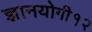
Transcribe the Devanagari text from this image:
ज्ञानयोगी१२